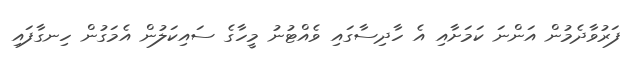
ފަރުވާދެމުން އަންނަ ކަމަށާއި އެ ހާދިސާގައި ވެއްޓުނު މީހާގެ ސައިކަލުން އެމަގުން ހިނގާފައި